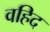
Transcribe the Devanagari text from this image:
वहिद